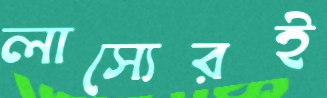
লাস্যেরই